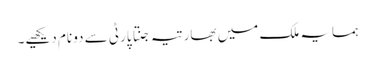
ہمسایہ ملک میں بھارتیہ جنتا پارٹی سے دو نام دیکھیے۔